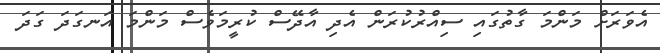
އެވަރަށް މަންމަ ގާތުގައި ސިއްރުކުރަން އެދި އާދޭސް ކުރީމަވެސް މަންމަ އަނގަދަ ގަދަ